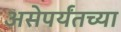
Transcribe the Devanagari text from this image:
असेपर्यंतच्या